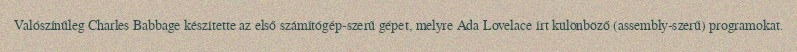
Valószínűleg Charles Babbage készítette az első számítógép-szerű gépet, melyre Ada Lovelace írt különböző (assembly-szerű) programokat.